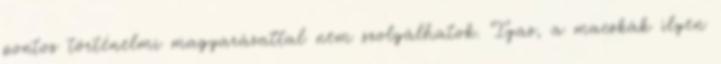
pontos történelmi magyarázattal nem szolgálhatok. Igaz, a macskák ilyen